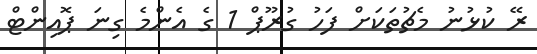
ރޭ ކުޅުނު މެޗުތަކަށް ފަހު ގުރޫޕް 1 ގެ އެންމެ ގިނަ ޕޮއިންޓް